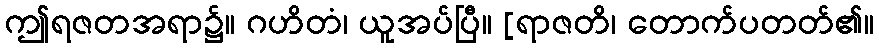
ဤရဇတအရာ၌။ ဂဟိတံ၊ ယူအပ်ပြီ။ [ရာဇတိ၊ တောက်ပတတ်၏။